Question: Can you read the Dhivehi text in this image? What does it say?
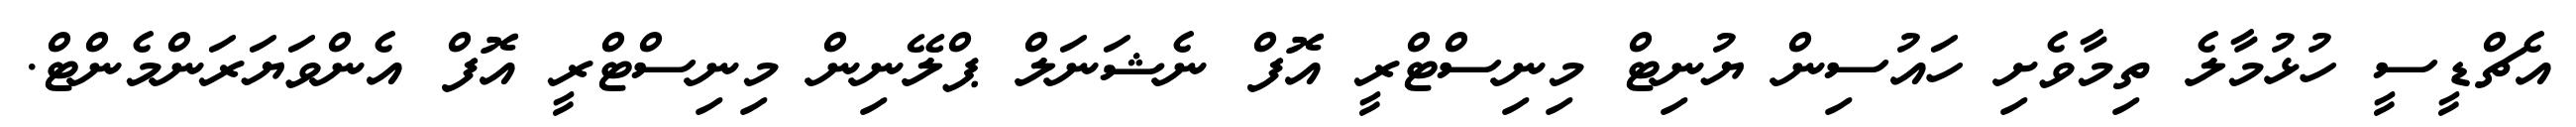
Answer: އެޗްޑީސީ ހުޅުމާލެ ތިމާވެށި ހައުސިން ޔުނިޓް މިނިސްޓްރީ އޮފް ނެޝަނަލް ޕްލޭނިން މިނިސްޓްރީ އޮފް އެންވަޔަރަންމެންޓް.